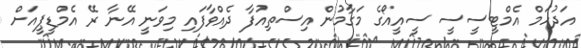
އަދުހަމް އެމްޓީސީސީ ސީއީއޯގެ މަގާމުން އިސްތިއުފާ ދެއްވާފައި މިވަނީ އޭނާ ރޭ އެމްޑީޕީއަށް